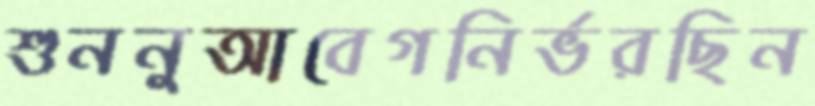
শুননুআবেগনির্ভরছিন